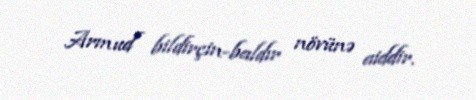
Armud bildirçin-baldır növünə aiddir.